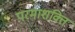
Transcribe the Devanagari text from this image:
परमाशक्ति